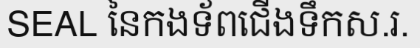
SEAL នៃកងទ័ពជើងទឹកស.រ.